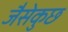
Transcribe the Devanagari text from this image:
जैसेकुछ